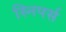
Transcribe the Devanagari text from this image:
स्निपर्स